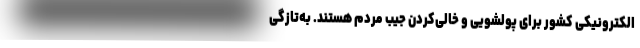
الکترونیکی کشور برای پولشویی و خالی‌کردن جیب مردم هستند. به‌تازگی